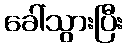
ခေါ်သွားပြီး